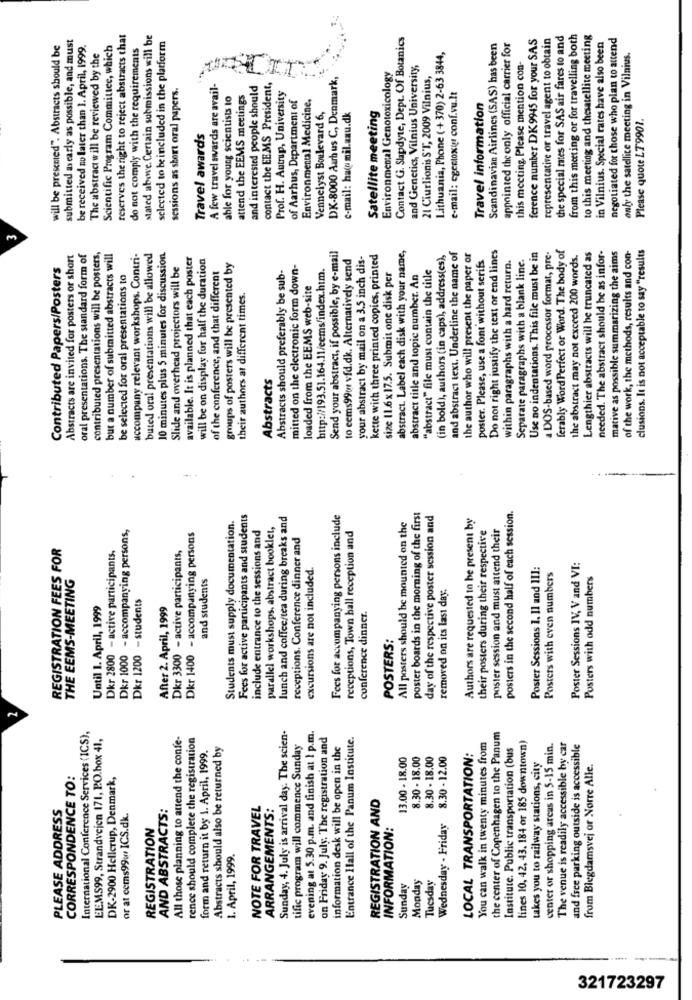
submitted as early as possible, and must
reserves the right to reject abstracts that
stated above. Certain submissions will be
Contact G. Slapdyte, Dept. Of Botanics
ference number DK9945 for your SAS
representative or travel agent to obtain
the special rates for SAS air fares to and
from this metting or for travelling both
to this meeting and thesatellite meeting
in Vilnius. Special rates have also been
negotiated for those who plan to attend
will be presented". Abstracts should be
be received no later than 1. April, 1999.
Scientific Program Committee, which
do not comply with the requirements
selected to be included in the platform
Scandinavian Airlines (SAS) has been
appointed the only official carrier for
The abstract will be reviewed by the
Lithuania, Phone ( +370) 2-63 3844,
this meeting. Please mention con-
only the satellite meeting in Vilnius.
and Genetics, Vilnius University,
DK-8000 Aarhus C, Denmark,
Environmental Genotoxicology
21 Ciurlionis ST, 2009 Vilnius,
sessions as short oral papers.
A few travel svards are avail-
and interested people should
contact the EEMS President,
able for young scientists to
attend the EEMS meetings
Prof. H. Autrup, University
of Aarhus, Department of
Environmental Medicine,
e-mail: egertoxtyr conf.vu.It
Travel information
Satellite meeting
Vennelyst Boulevard 6,
e-mail: hac mil.aau.dk
Please quote LT9901.
Travel awards
Do not right justify the text or end lines
a DOS-based word processor format, pre-
ferably Word Perfect or Word. The body of
clusions. It is not acceptable to say "results
Abstracts are invited for posters or short
oral presentations. The standard form of
contributed presentations will be posters,
but a number of submitted abstracts will
accompany relevant workshops. Contri-
buted oral presentations will be allowed
10 minutes plus 5 minutes for discussion
available. It is planned that each poster
will be on display for half the duration
Send your abstract, if possible, by e-mail
to eems99or vfd.dk. Alternatively send
your abstract by mail on a 3.5 inch dis-
kette with three printed copies, printed
abstract. Label each disk with your name,
(in bold), authors (in caps), address(es),
and abstract text. Underline the name of
the author who will present the paper or
poster. Please, use a font without serifs
Separate paragraphs with a blank line.
Use no indentations. This file must be in
the abstract may not exceed 200 words.
Lengthier abstracts will be truncated as
needed. The abstract should be as infor-
mative as possible summarizing the aims
of the work, the methods, results and con-
Contributed Papers/Posters
Slide and overhead projectors will be
of the conference, and that different
groups of posters will be presented by
Abstracts should preferably be sub-
mitted on the electronic form down-
http://193.51.164.11/eems/index.htm.
size 11.6x 17.5. Submit one disk per
"abstract" file must contain the title
within paragraphs with a hard return.
be selected for oral presentations to
abstract title and topic number. An
loaded from the EEMS web-site
their authors at different times.
Abstracts
posters in the second half of each session.
Students must supply documentation.
Fees for active participants and students
lunch and coffee/tea during breaks and
Fees for accompanying persons include
poster boards in the morning of the first
day of the respective poster session and
Authors are requested to be present by
Dkr 1000 - accompanying persons,
include entrance to the sessions and
parallel workshops, abstract booklet,
receptions, Town hall reception and
All posters should be mounted on the
their posters during their respective
poster session and must attend their
Dkr 1400 - accompanying persons
receptions. Conference dinner and
REGISTRATION FEES FOR
Dkr 2800 - active participants.
Dkr 3300 - active participants,
excursions are not included.
Poster Sessions 1. Il and III:
Poster Sessions IV, V and VI:
THE EEMS-MEETING
and students
Posters with even numbers
Posters with odd numbers
removed on its last day.
Dkr 1200 - students
Until 1. April, 1999
After 2. April, 1999
conference dinner.
POSTERS:
International Conference Services (ICS),
EEMS99, Strandvejen 171, P.O.box 41,
All those planning to attend the confe-
rence should complete the registration
Sunday, 4. July is arrival day. The scien-
evening at 5.30 p.m. and finish at 1 p.m.
on Friday 9. July. The registration and
Entrance Hall of the Panum Institute.
the center of Copenhagen to the Panum
lines 10, 42, 43. 184 or 185 downtown)
Abstracts should also be returned by
tific program will commence Sunday
information desk will be open in the
You can walk in twenty minutes from
Instituce. Public transportation (bus
center or shopping areas in 5-15 min.
The venue is readily accessible by car
and free parking outside is accessible
form and return it by 1. April, 1999.
13.00 - 18.00
8.30 - 18.00
8.30 - 18.00
8.30 - 12.00
LOCAL TRANSPORTATION:
takes you to railway stations, city
from Blegdamsvej or Nørre Alle.
CORRESPONDENCE TO:
DK-2900 Hellerup, Denmark,
REGISTRATION AND
PLEASE ADDRESS
AND ABSTRACTS:
NOTE FOR TRAVEL
ARRANGEMENTS:
or at ccms99: ICS.dk.
REGISTRATION
INFORMATION:
Wednesday - Friday
1. April, 1999.
Monday
Tuesday
Sunday
321723297